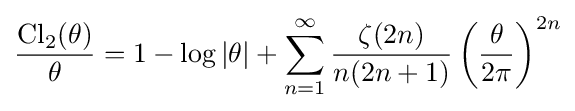
{\frac {\operatorname {Cl} _{2}(\theta )}{\theta }}=1-\log |\theta |+\sum _{n=1}^{\infty }{\frac {\zeta (2n)}{n(2n+1)}}\left({\frac {\theta }{2\pi }}\right)^{2n}